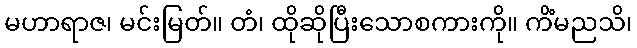
မဟာရာဇ၊ မင်းမြတ်။ တံ၊ ထိုဆိုပြီးသောစကားကို။ ကိံမညသိ၊